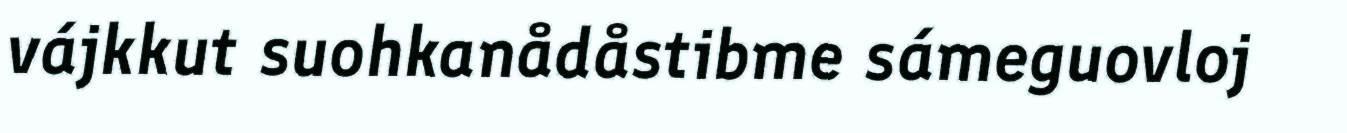
vájkkut suohkanådåstibme sámeguovloj